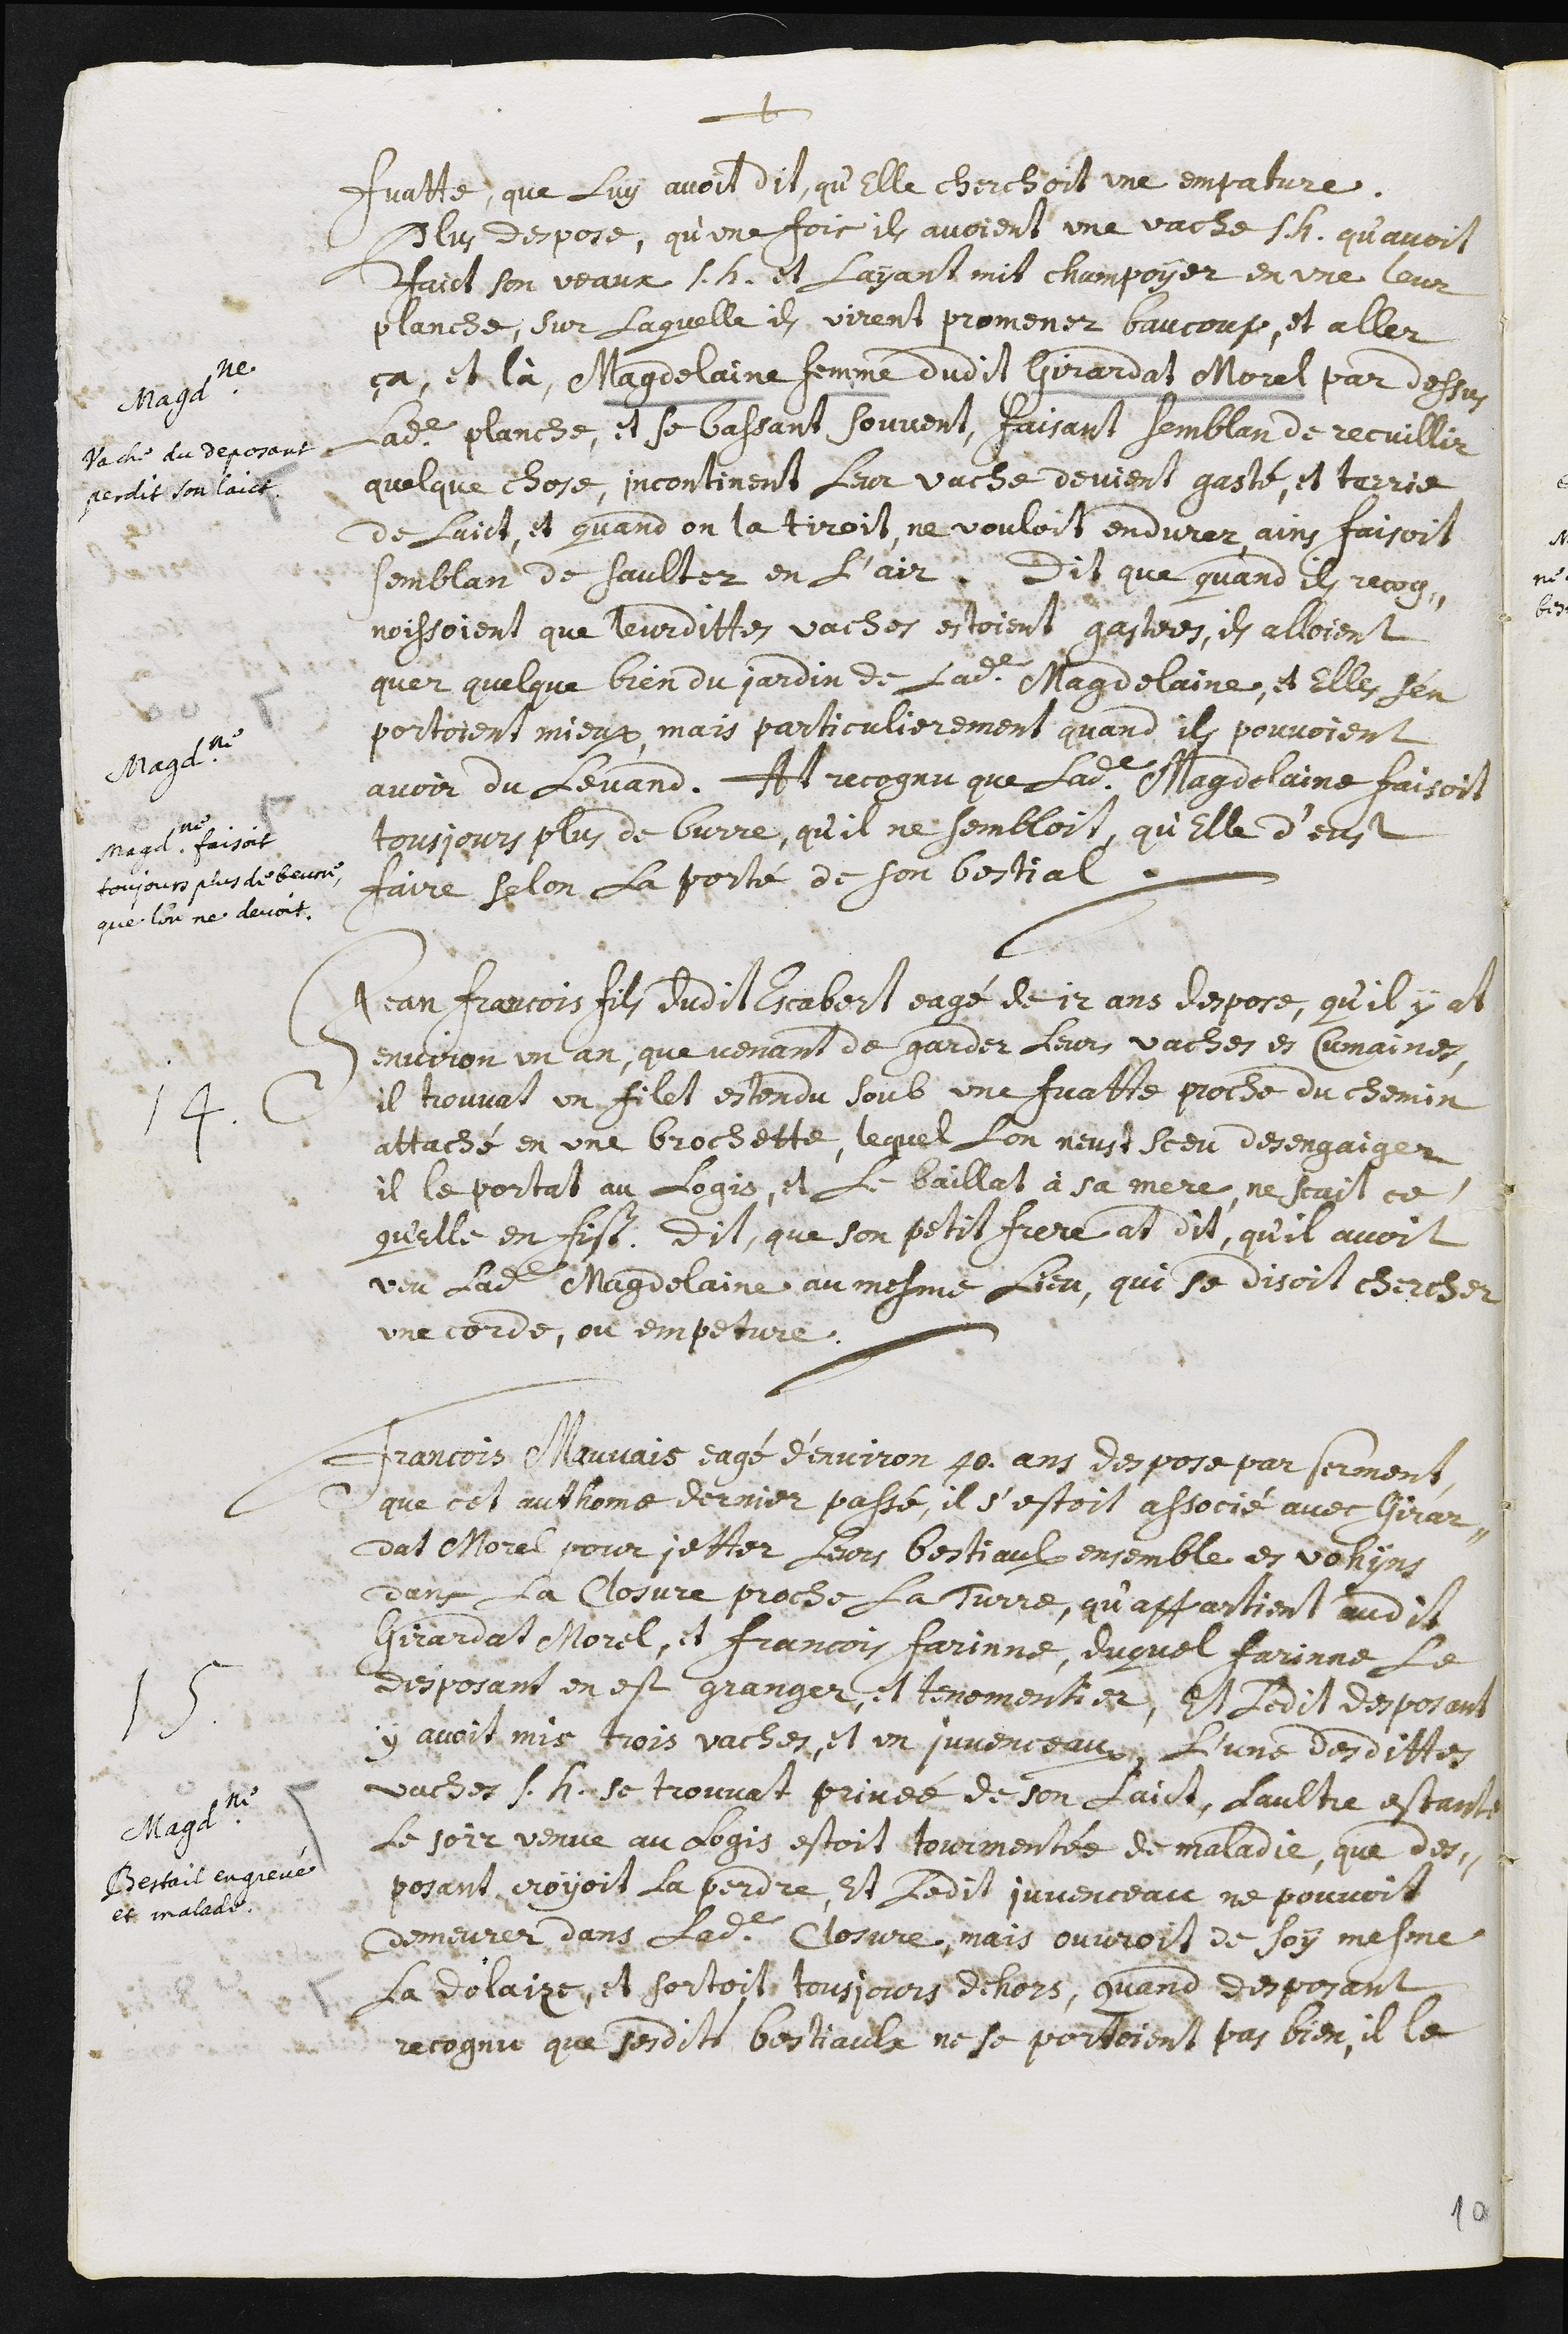
+
Magdeleine
Vache du deposant
perdit son laict.
Magdeleine
Magdeleine faisoit
toujours plus de beure
que l’on ne devoit
fuatte, que luy avoit dit, qu’elle cherchoit une empature.
Plus despose, qu’une fois ils avoient une vache s.h. qu’avoit
faict son veaux s.h. et l’ayant mit champoyer en une leur
planche, sur laquelle ils virent promener baucoup, et aller
ça, et là, Magdelaine femme dudit Girardat Morel par dessus
ladite planche, et se bassant souvent, faisant semblan de recuillir
quelque chose, incontinent leur vache devient gasté, et terrie
de laict, et quand on la tiroit, ne vouloit endurer, ains faisoit
semblan de saultez en l’air. Dit que quand ils recog-
noissoient que leurdittes vaches estoient gastées, ils alloient
quer quelque bien du jardin de ladite Magdelaine, et elles s’en
portoient mieux, mais particulierement quand ils pouvoient
avoir du levand. At recognu que ladite Magdelaine faisoit
tousjours plus de burre, qu’il ne sembloit, qu’elle d’eust
faire selon la porté de son bestial.
14. Jean Francois fils dudit Escabert eagé de 12 ans despose, qu’il y at
environ un an, que venant de garder leurs vaches es Cumaines,
il trouvat un filet estendu soub une fuatte proche du chemin
attaché en une brochette, lequel l’on n’eust sceu desengaiger
il le portat au logis, et le baillat à sa mere, ne scait ce
qu’elle en fist. Dit, que son petit frere at dit, qu’il avoit
veu ladite Magdelaine au mesme lieu, qui se disoit chercher
une corde, ou empeture.
Magdeleine
Bestail engrevé
et malade
Francois Mauvais eagé d’environ 40 ans despose par serment
que cet authome dernier passé, il s’estoit associé avec Girar-
dat Morel pour jetter leurs bestiaulx ensemble es vohyns
dans la closure proche la Turre, qu’appartient audit
Girardat Morel, et Francois Farinne, duquel Farinne le
desposant on est granger, et tenomentier, et ledit desposant
y avoit mis trois vaches, et un juvenceau, l’une desdittes
vaches s.h. se trouvat privée de se laict, l’aultre estante
le soir venue au logis estoit tourmentée de maladie, que des-
posant croyoit la perdre, et ledit juvenceau ne pouvoit
demeurer dans ladite closure, mais ouvroit de soy mesme
la dolaize, et sortoit tousjours dehors, quand desposant
recognu que sesdit bestiaulx ne se portoient pas bien, il le